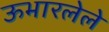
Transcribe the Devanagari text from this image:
ऊभारलेले